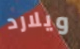
ويلارد